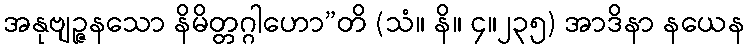
အနုဗျဉ္ဇနသော နိမိတ္တဂ္ဂါဟော”တိ (သံ။ နိ။ ၄။၂၃၅) အာဒိနာ နယေန